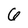
Character: 6